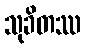
သုခိတဿ